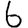
Digit: 6